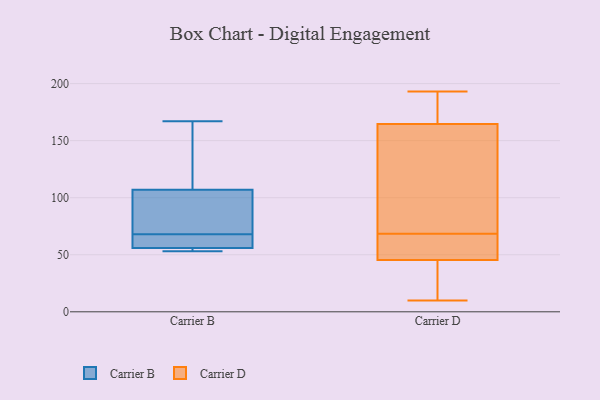
{"axis": {"x": "Budget (USD K)", "y": "Value"}, "legend": ["Carrier B", "Carrier D"], "data": [{"x": "", "y": 62, "type": "Carrier B"}, {"x": "", "y": 53, "type": "Carrier B"}, {"x": "", "y": 77, "type": "Carrier B"}, {"x": "", "y": 60, "type": "Carrier B"}, {"x": "", "y": 89, "type": "Carrier B"}, {"x": "", "y": 120, "type": "Carrier B"}, {"x": "", "y": 56, "type": "Carrier B"}, {"x": "", "y": 154, "type": "Carrier B"}, {"x": "", "y": 93, "type": "Carrier B"}, {"x": "", "y": 55, "type": "Carrier B"}, {"x": "", "y": 107, "type": "Carrier B"}, {"x": "", "y": 55, "type": "Carrier B"}, {"x": "", "y": 167, "type": "Carrier B"}, {"x": "", "y": 128, "type": "Carrier B"}, {"x": "", "y": 54, "type": "Carrier B"}, {"x": "", "y": 59, "type": "Carrier B"}, {"x": "", "y": 67, "type": "Carrier B"}, {"x": "", "y": 69, "type": "Carrier B"}, {"x": "", "y": 45, "type": "Carrier D"}, {"x": "", "y": 167, "type": "Carrier D"}, {"x": "", "y": 55, "type": "Carrier D"}, {"x": "", "y": 74, "type": "Carrier D"}, {"x": "", "y": 46, "type": "Carrier D"}, {"x": "", "y": 193, "type": "Carrier D"}, {"x": "", "y": 60, "type": "Carrier D"}, {"x": "", "y": 10, "type": "Carrier D"}, {"x": "", "y": 187, "type": "Carrier D"}, {"x": "", "y": 76, "type": "Carrier D"}, {"x": "", "y": 124, "type": "Carrier D"}, {"x": "", "y": 63, "type": "Carrier D"}, {"x": "", "y": 175, "type": "Carrier D"}, {"x": "", "y": 162, "type": "Carrier D"}, {"x": "", "y": 10, "type": "Carrier D"}, {"x": "", "y": 45, "type": "Carrier D"}]}